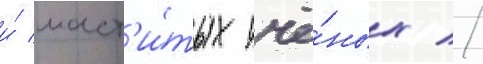
и́ маст'и́тых учё́ных //